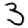
Digit: 3